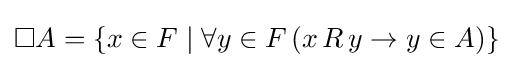
\Box A=\{x\in F\mid \forall y\in F\,(x\,R\,y\to y\in A)\}